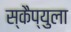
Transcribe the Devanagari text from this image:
स्कैप्युला